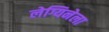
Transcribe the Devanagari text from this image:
लेग्यिनेला